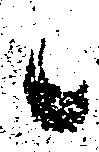
候